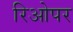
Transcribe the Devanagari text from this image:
रिओपर